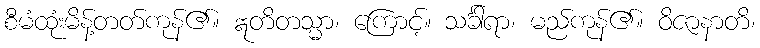
စီမံထုံးမိန့်တတ်ကုန်၏။ ဣတိတသ္မာ၊ ကြောင့်။ သင်္ခါရာ၊ မည်ကုန်၏။ ဝိဇာနာတိ၊